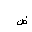
Letter: _dad